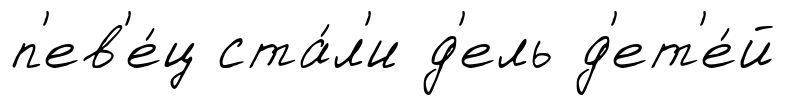
п'ев'е́ц ста́л'и д'ель д'ет'е́й